Civil Veterinary Dept. Bombay admin report 1932-41 - 1932-1941
Year: 1932
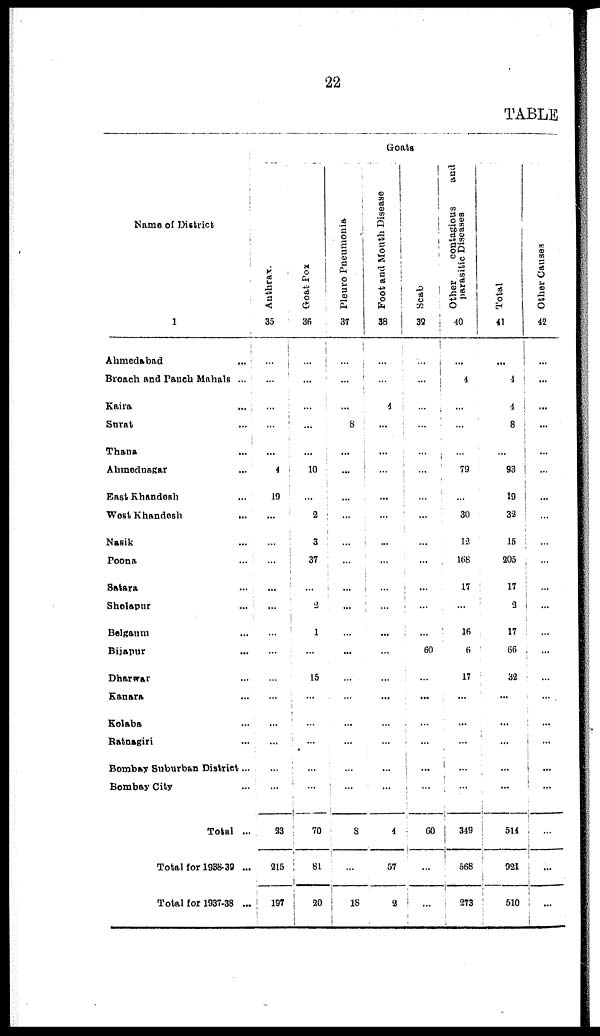
22
TABLE
Name of District
1
Ahmedabad ...
Broach and Panch Mahals ...
Kaira ...
Surat ...
Thana ...
Ahmednagar ...
East Khandesh ...
West Khandesh ...
Nasik ...
Poona ...
Satara ...
Sholapur ...
Belgaum ...
Bijapur ...
Dharwar ...
Kanara ...
Kolaba ...
Ratnagiri ...
Bombay Suburban District ...
Bombay City ...
Total ...
Total for 1938-39 ...
Total for 1937-38 ...
Goats
Anthrax.
35
...
...
...
...
...
4
19
...
...
...
...
...
...
...
...
...
...
...
...
...
23
215
197
Goat Pox
36
...
...
...
...
...
10
...
2
3
37
...
2
1
...
15
...
...
...
...
...
70
81
20
Pleuro Pneumonia
37
...
...
...
8
...
...
...
...
...
...
...
...
...
...
...
...
...
...
...
...
8
...
18
Foot and Mouth Disease
38
...
...
4
...
...
...
...
...
...
...
...
...
...
...
...
...
...
...
...
...
4
57
2
Scab
39
...
...
...
...
...
...
...
...
...
...
...
...
...
60
...
...
...
...
...
...
60
...
...
Other
contagious
and
parasitic Diseases
40
...
4
...
...
...
79
...
30
12
168
17
...
16
6
17
...
...
...
...
...
349
568
273
Total
41
...
4
4
8
...
93
19
32
15
205
17
2
17
66
32
...
...
...
...
...
514
921
510
Other Causes
42
...
...
...
...
...
...
...
...
...
...
...
...
...
...
...
...
...
...
...
...
...
...
...